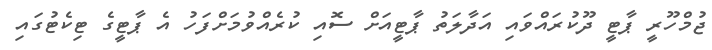
ޖުމްހޫރީ ޕާޓީ ދޫކުރައްވައި އަދާލަތު ޕާޓީއަށް ސޮއި ކުރެއްވުމަށްފަހު އެ ޕާޓީގެ ޓިކެޓުގައި